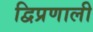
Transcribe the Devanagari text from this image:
द्विप्रणाली